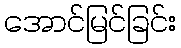
အောင်မြင်ခြင်း